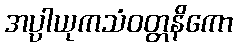
အပ္ပါယုကသံဝတ္တနိကော